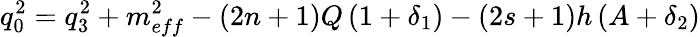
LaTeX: q_{0}^{2}=q_{3}^{2}+m_{eff}^{2}-\left(2n+1\right)Q\left(1+\delta_{1}\right)-\left(2s+1\right)h\left(A+\delta_{2}\right)